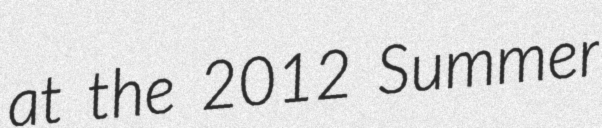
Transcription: at the 2012 Summer